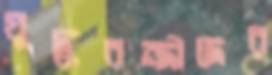
যুদ্ধবন্দীদের